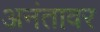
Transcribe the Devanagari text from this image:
अनंतावर